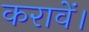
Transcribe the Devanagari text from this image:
करावें।